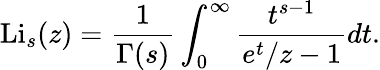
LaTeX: \operatorname{Li}_{s}(z)={\frac{1}{\Gamma(s)}}\int_{0}^{\infty}{\frac{t^{s-1}}{e^{t}/z-1}}dt.